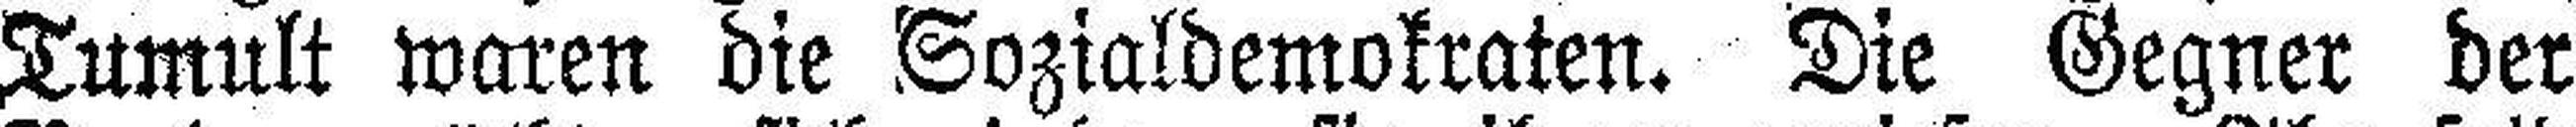
Tumult waren die Sozialdemokraten. Die Gegner der